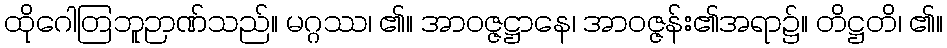
ထိုဂေါတြဘူဉာဏ်သည်။ မဂ္ဂဿ၊ ၏။ အာဝဇ္ဇဋ္ဌာနေ၊ အာဝဇ္ဇန်း၏အရာ၌။ တိဋ္ဌတိ၊ ၏။